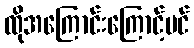
ထိုအကြောင်းကြောင့်ပင်